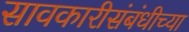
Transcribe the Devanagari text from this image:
सावकारीसंबंधीच्या